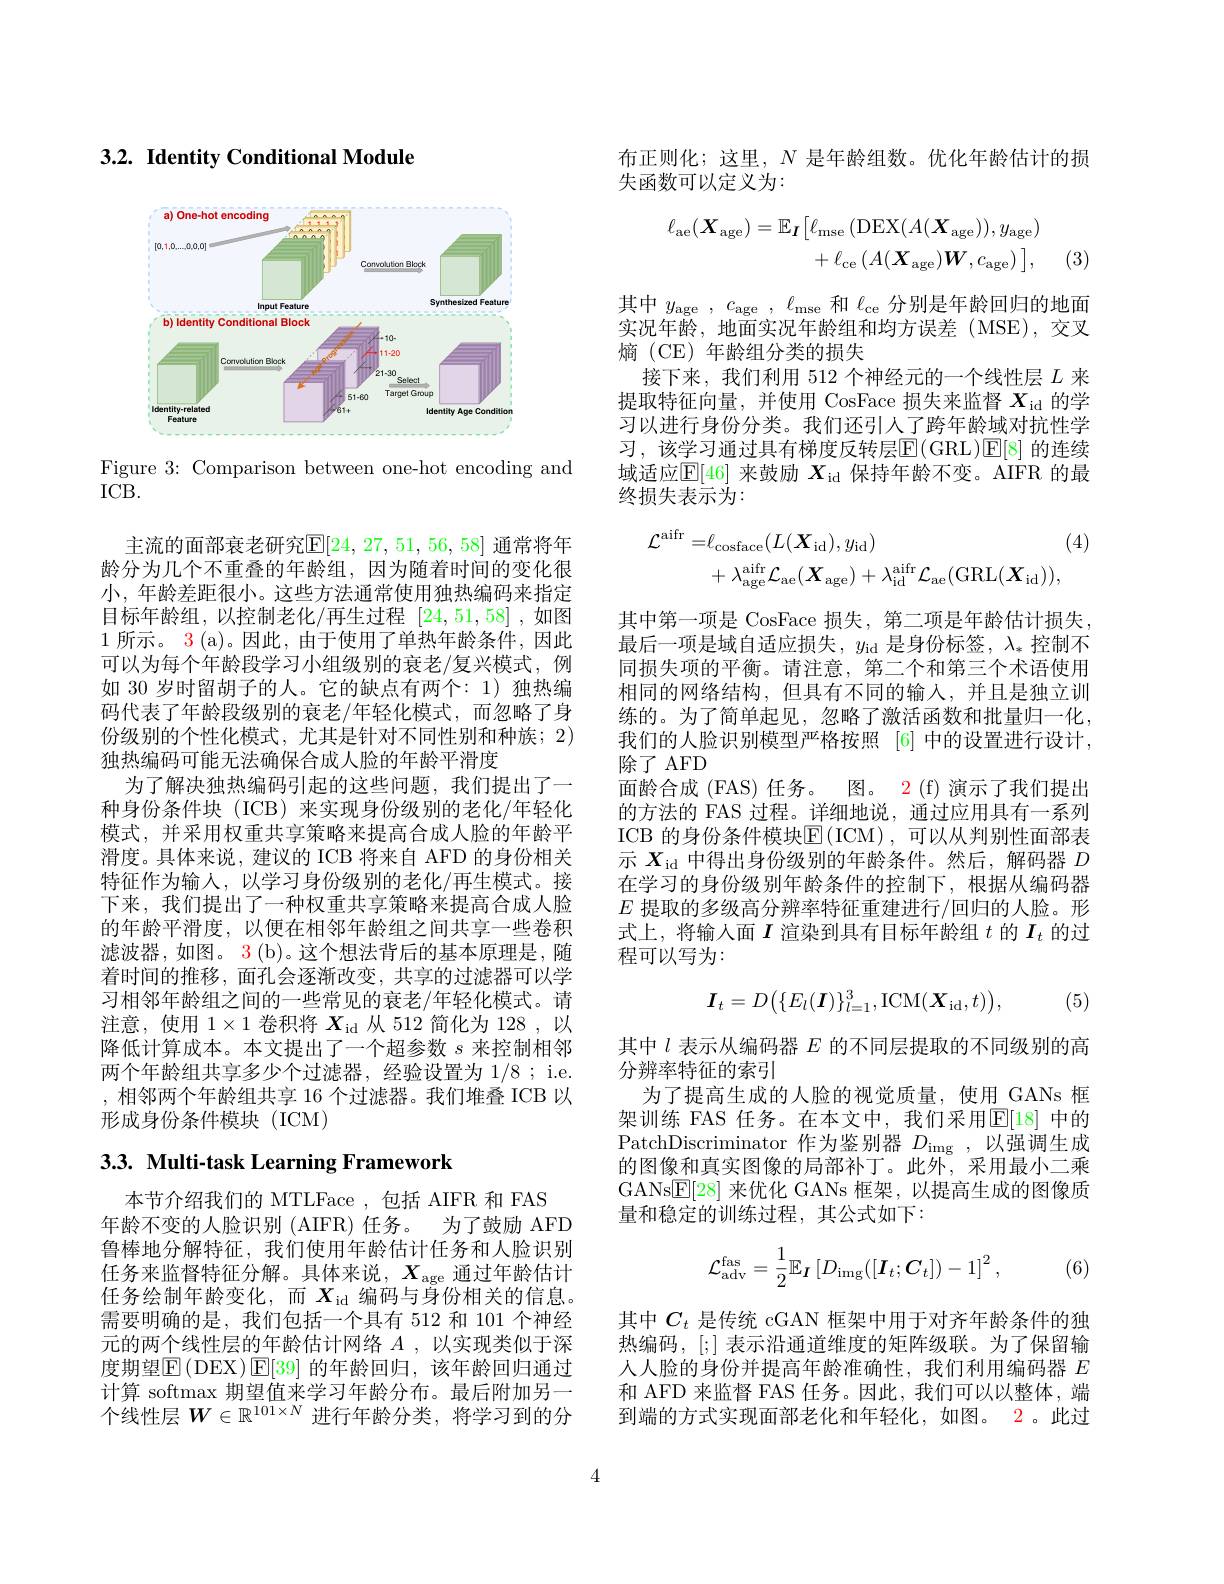
$3. 2. \textbf{ Identity Conditional Module}$

<FigureHere>

Figure 3: Comparison between one-hot encoding and
$ICB.$

主流的面部衰老研究$\mathbb{E}[24,27,51,56,58]$ 通常将年龄分为几个不重叠的年龄组，因为随着时间的变化很小，年龄差距很小。这些方法通常使用独热编码来指定目标年龄组，以控制老化/再生过程 [24,51,58] ,如图1所示。3 (a)。因此，由于使用了单热年龄条件，因此可以为每个年龄段学习小组级别的衰老/复兴模式，例如 30 岁时留胡子的人。它的缺点有两个：1)独热编码代表了年龄段级别的衰老/年轻化模式，而忽略了身份级别的个性化模式，尤其是针对不同性别和种族；2) 独热编码可能无法确保合成人脸的年龄平滑度
为了解决独热编码引起的这些问题，我们提出了一种身份条件块(ICB)来实现身份级别的老化/年轻化模式，并采用权重共享策略来提高合成人脸的年龄平滑度。具体来说，建议的 ICB 将来自 AFD 的身份相关特征作为输入，以学习身份级别的老化/再生模式。接下来，我们提出了一种权重共享策略来提高合成人脸的年龄平滑度，以便在相邻年龄组之间共享一些卷积滤波器，如图。3 (b)。这个想法背后的基本原理是，随着时间的推移，面孔会逐渐改变，共享的过滤器可以学习相邻年龄组之间的一些常见的衰老/年轻化模式。请注意，使用$1\times1$卷积将$X_\mathrm{id}$从 512 简化为 128 ,以降低计算成本。本文提出了一个超参数$s$来控制相邻两个年龄组共享多少个过滤器，经验设置为 1/8 ; i.e. ,相邻两个年龄组共享 16 个过滤器。我们堆叠 ICB 以形成身份条件模块(ICM)

# 3.3. Multi-task Learning Framework

本节介绍我们的 MTLFace ,包括 AIFR 和 FAS
年龄不变的人脸识别 (AIFR) 任务。为了鼓励 AFD 鲁棒地分解特征，我们使用年龄估计任务和人脸识别任务来监督特征分解。具体来说，$X_\mathrm{age}$通过年龄估计任务绘制年龄变化，而$X_\mathrm{id}$编码与身份相关的信息。需要明确的是，我们包括一个具有 512 和 101 个神经元的两个线性层的年龄估计网络$A$ ,以实现类似于深度期望$\operatorname{E}($DEX)$\operatorname{E}[39]$ 的年龄回归，该年龄回归通过计算 softmax 期望值来学习年龄分布。最后附加另一个线性层$W\in\mathbb{R}^101\times N$进行年龄分类，将学习到的分

布正则化；这里，$N$是年龄组数。优化年龄估计的损
失函数可以定义为：
$$\begin{aligned}\ell_{\mathrm{ae}}(\boldsymbol{X}_{\mathrm{age}})&=\mathbb{E}_{\boldsymbol{I}}\big[\ell_{\mathrm{mse}}\big(\mathrm{DEX}(A(\boldsymbol{X}_{\mathrm{age}})),y_{\mathrm{age}}\big)\\&+\ell_{\mathrm{ce}}\left(A(\boldsymbol{X}_{\mathrm{age}})\boldsymbol{W},c_{\mathrm{age}}\right)\big],\end{aligned}$$
(3)

其中$y_\mathrm{age}$ , $c_\mathrm{age}$ , $\ell _\mathrm{mse}$ 和$\ell_\mathrm{ce}$分别是年龄回归的地面实况年龄，地面实况年龄组和均方误差(MSE),交叉熵(CE)年龄组分类的损失
接下来，我们利用 512 个神经元的一个线性层$L$来提取特征向量，并使用 CosFace 损失来监督$X_\mathrm{id}$的学习以进行身份分类。我们还引人了跨年龄域对抗性学习，该学习通过具有梯度反转层$\operatorname{E}(\operatorname{GRL})\operatorname{E}[8]$ 的连续域适应$\mathbb{E}[46]$来鼓励$X_\mathrm{id}$保持年龄不变。AIFR 的最终损失表示为：
$$\begin{aligned}\mathcal{L}^{\mathrm{aifr}}=&\ell_{\mathrm{cosface}}(L(\boldsymbol{X}_{\mathrm{id}}),y_{\mathrm{id}})&(4)\\&+\lambda_{\mathrm{age}}^{\mathrm{aifr}}\mathcal{L}_{\mathrm{ae}}(\boldsymbol{X}_{\mathrm{age}})+\lambda_{\mathrm{id}}^{\mathrm{aifr}}\mathcal{L}_{\mathrm{ae}}(\mathrm{GRL}(\boldsymbol{X}_{\mathrm{id}})),\end{aligned}$$
其中第一项是 CosFace 损失，第二项是年龄估计损失最后一项是域自适应损失，$y_\mathrm{id}$ 是身份标签，$\lambda_*$控制不同损失项的平衡。请注意，第二个和第三个术语使用相同的网络结构，但具有不同的输入，并且是独立训练的。为了简单起见，忽略了激活函数和批量归一化， 我们的人脸识别模型严格按照 [6] 中的设置进行设计， 除了 AFD
面龄合成 (FAS) 任务。图。2 (f) 演示了我们提出的方法的 FAS 过程。详细地说，通过应用具有一系列ICB 的身份条件模块$\operatorname{E}(\operatorname{ICM})$,可以从判别性面部表示$X_\mathrm{id}$中得出身份级别的年龄条件。然后，解码器$D$ 在学习的身份级别年龄条件的控制下，根据从编码器$E$提取的多级高分辨率特征重建进行/回归的人脸。形式上，将输人面$I$渲染到具有目标年龄组$t$的$I_t$的过程可以写为：

(5)
$$\boldsymbol{I}_t=D\big(\{E_l(\boldsymbol{I})\}_{l=1}^3,\mathrm{ICM}(\boldsymbol{X}_\mathrm{id},t)\big),$$
其中$l$表示从编码器$E$的不同层提取的不同级别的高
分辨率特征的索引
为了提高生成的人脸的视觉质量，使用 GANs 框架训练 FAS 任务。在本文中，我们采用$\mathbb{E}[18]$ 中的PatchDiscriminator 作为鉴别器$D_\mathrm{img}$,以强调生成的图像和真实图像的局部补丁。此外，采用最小二乘GANs$\underline{\mathrm{E}}[28]$来优化 GANs 框架，以提高生成的图像质量和稳定的训练过程，其公式如下：
$$\mathcal{L}_{\mathrm{adv}}^{\mathrm{fas}}=\frac{1}{2}\mathbb{E}_{I}\left[D_{\mathrm{img}}([\boldsymbol{I}_{t};\boldsymbol{C}_{t}])-1\right]^{2},$$
(6)

其中$C_t$是传统 cGAN 框架中用于对齐年龄条件的独热编码，[;] 表示沿通道维度的矩阵级联。为了保留输人人脸的身份并提高年龄准确性，我们利用编码器$E$ 和 AFD 来监督 FAS 任务。因此，我们可以以整体，端到端的方式实现面部老化和年轻化，如图。2。此过

4